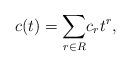
LaTeX: \begin{align*}c(t)=\underset{r\in R}{\sum} c_rt^r,\end{align*}